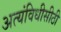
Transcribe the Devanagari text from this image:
अत्यंविधीसीठी